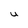
Character: U